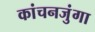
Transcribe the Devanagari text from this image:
कांचनजुंगा